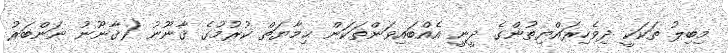
މިބިލު ތަކަކީ ދިވެހިރައްޔިތުންގެ ދީނީ އެއްބައިވަންތަކަން ޙިމާޔަތް ކުރުމުގެ ޤާނޫނު (ޤާނޫނު ނަންބަރު